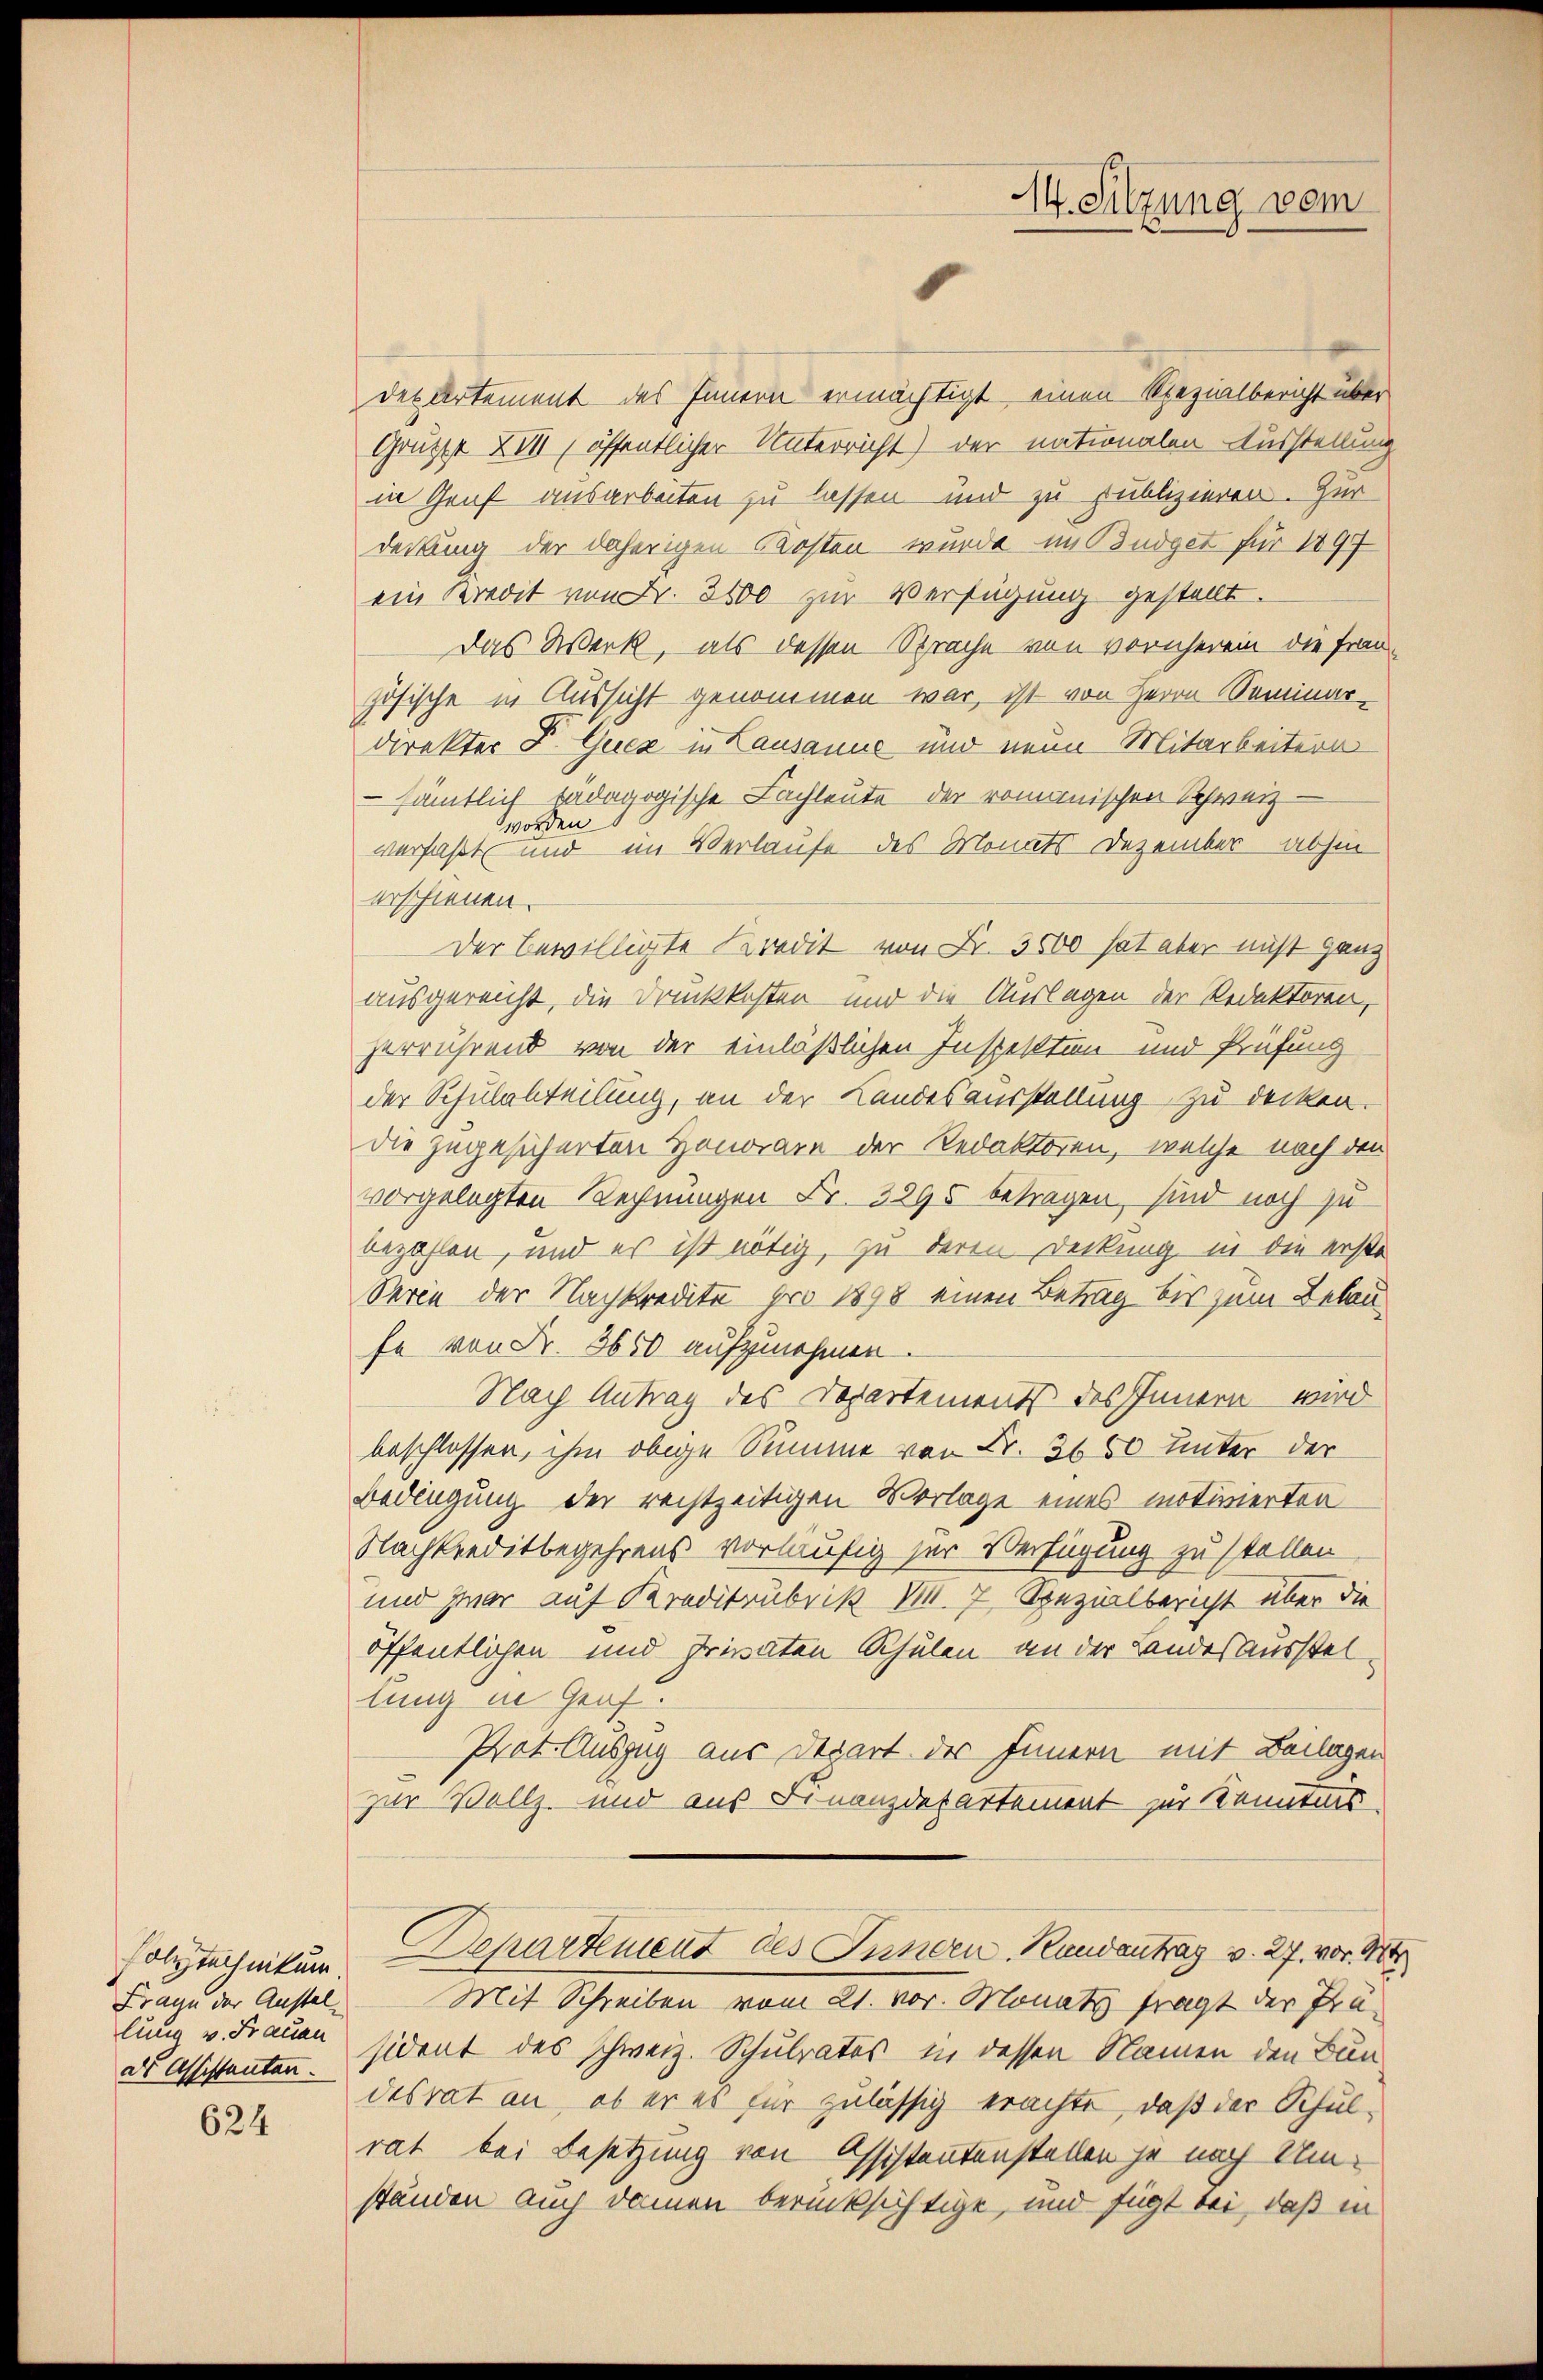
Polytechnikum
Frage der Anstellung v. Frauen
dals Assistanten.

624

14. Sitzung vom

des Artement des Innern ermächtigt, einen Spezialbericht über
Grutze 21, öffentlicher Unterricht) der nationalen Ausstellung
in Genf ausarbeiten zu lassen und zu publizieren. Zur
deckung der daherigen Kosten wurde im Budget für 1897
ein Kredit von Fr. 3500 zur Verfügung gestellt.
Das Werk, als dessen Sprache von vornherein die Frauzösische in Aussicht genommen war, ist von Herrn Seminar-
direkter J. Gucz in Lausanne und neun Mitarbeitern
sämtlich tadagogische Fachleute der romanischen Schweiz -
worden
verfaßt und im Verlaufe des Monats Dezember abhin
erschienen.
Der bewilligte Kredit von Fr. 3500 hat aber nicht ganz
ausgereicht, die Druckkosten und die Auslagen der Redaktoren,
zerrührend von der einläßlichen Inspektion und Prüfung
der Schulabteilung, an der Landesausstellung zu decken.
die zugesicherten Honorare der Redaktoren, welche nach den
vorgelegten Rechnungen Fr. 3295 betragen, sind noch zu
bezahlen, und es ist nötig, zu deren Deckung in die erste
Serie der Nachkredite pro 1898 einen Betrag bis zum Belaufe von Nr. 3650 aufzunehmen.
Nach Antrag des Departements des Innern wird
beschlossen, ihm obige Summe von Fr. 3650 unter der
Bedingung der rechtzeitigen Vorlage eines motivierten
Nachkreditbegehrens vorläufig sei Verfügung zu stellen
und zwar auf Kreditrubrik M. 7 Spezialbericht über die
öffentlichen und Privaten Schulen an der Landesaussteltung in Graf.
Prot. Auszug aus Depart der Innern mit Beilagen
zur Vollz, und aus Finanzdepartement zur Kenntnis
Departement des Innden Randantrag v. 27. vor M
Mit Schreiben vom 21. vor. Monats fragt der Präsident des schweiz. Schulrates in dessen Namen den Bun
desrat an, ob er es für zulässig erachte, daß der Schulrat bei Besetzung von Assistantenstellen je nach Umständen auch damen berücksichtige, und fügt bei, daß in